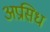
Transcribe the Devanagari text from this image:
अप्रसिध